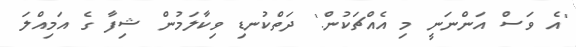
'އެ ވަސް އަންނަނީ މި އެއްޗަކުން.' ދަތްކުނޑި ވިކާލަމުން ޝިފާ ގެ އަމިއްލަ